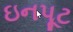
ઇનપૂટ